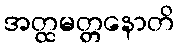
အတ္ထမတ္တနောတိ